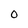
Character: 0